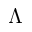
\Lambda